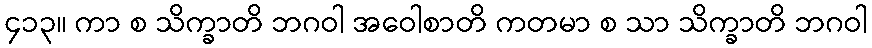
၄၁၃။ ကာ စ သိက္ခာတိ ဘဂဝါ အဝေါစာတိ ကတမာ စ သာ သိက္ခာတိ ဘဂဝါ